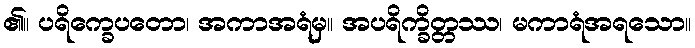
၏။ ပရိက္ခေပတော၊ အကာအရံမှ။ အပရိက္ခိတ္တဿ၊ မကာရံအရသော။